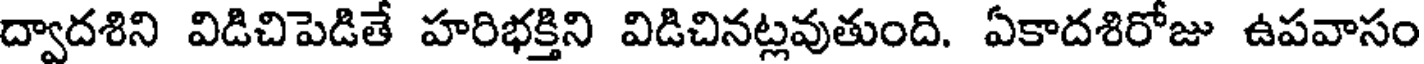
ద్వాదశిని విడిచిపెడితే హరిభక్తిని విడిచినట్లవుతుంది. ఏకాదశిరోజు ఉపవాసం